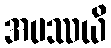
အပဿယိ